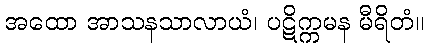
အထော အာသနသာလာယံ၊ ပဋိက္ကမန မီရိတံ။